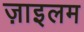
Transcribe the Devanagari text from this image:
ज़ाइलम